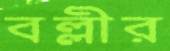
বল্লীর